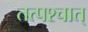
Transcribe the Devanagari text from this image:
तत्‍पश्‍चात्